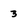
Character: 3